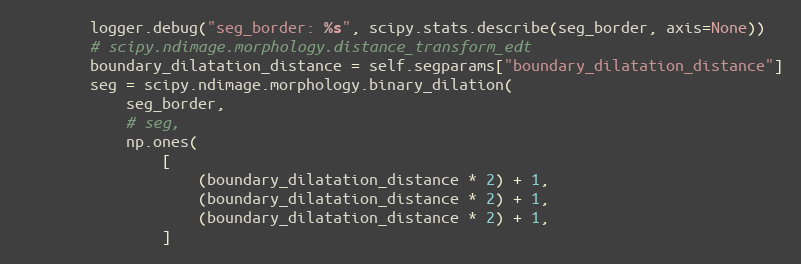
Language: Python
        logger.debug("seg_border: %s", scipy.stats.describe(seg_border, axis=None))
        # scipy.ndimage.morphology.distance_transform_edt
        boundary_dilatation_distance = self.segparams["boundary_dilatation_distance"]
        seg = scipy.ndimage.morphology.binary_dilation(
            seg_border,
            # seg,
            np.ones(
                [
                    (boundary_dilatation_distance * 2) + 1,
                    (boundary_dilatation_distance * 2) + 1,
                    (boundary_dilatation_distance * 2) + 1,
                ]